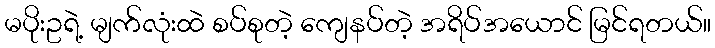
မပိုးဥရဲ့ မျက်လုံးထဲ စပ်စုတဲ့ ကျေနပ်တဲ့ အရိပ်အယောင် မြင်ရတယ်။